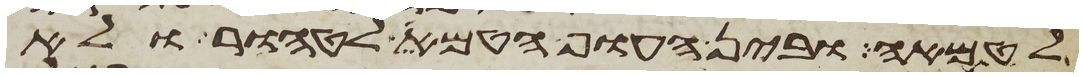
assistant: לטמאה ובין העוף הטמא לטהור ולא